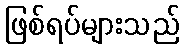
ဖြစ်ရပ်များသည်